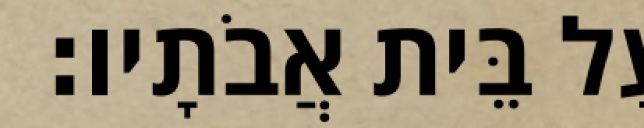
עַל בֵּית אֲבֹתָיו׃